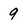
Character: 9